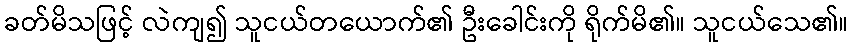
ခတ်မိသဖြင့် လဲကျ၍ သူငယ်တယောက်၏ ဦးခေါင်းကို ရိုက်မိ၏။ သူငယ်သေ၏။